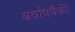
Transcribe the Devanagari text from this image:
बर्यापपैकी